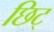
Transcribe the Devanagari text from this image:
छिट्